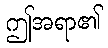
ဤအရာ၏